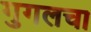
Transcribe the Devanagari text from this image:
गुगलचा